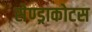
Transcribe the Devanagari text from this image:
सेण्ड्राकोटस